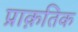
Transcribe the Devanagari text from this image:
प्राक़तिक